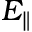
E _ { \parallel }